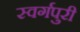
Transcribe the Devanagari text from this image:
स्वर्गपुरी